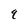
Character: q